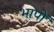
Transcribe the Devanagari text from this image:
भापों